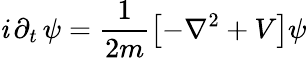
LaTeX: \mathit{i}\, \partial_{t}\, \psi=\frac{{1}}{{2m}}\left[-\nabla^{2}+V\right]\psi